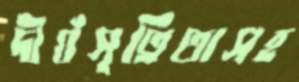
দীর্ঘসূত্রিতাসহ